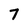
Character: 7